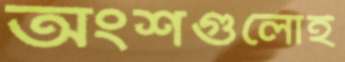
অংশগুলোই